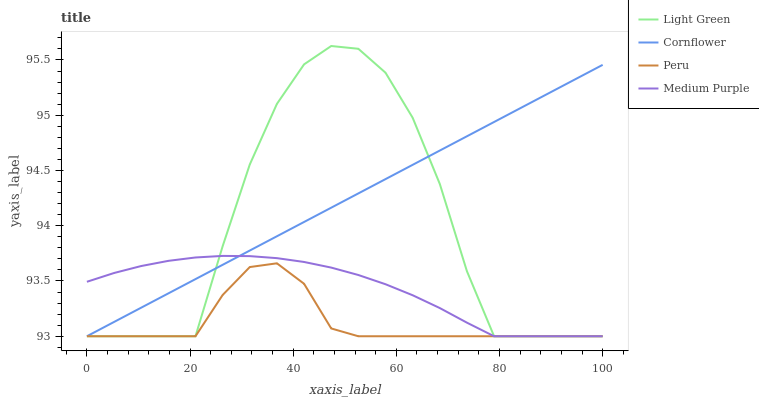
| xaxis_label | Light Green | Cornflower | Peru | Medium Purple |
 | --- | --- | --- | --- | --- |
 | 0 | 93 | 93 | 93 | 93.5 |
 | 5.26 | 93 | 93.1 | 93 | 93.6 |
 | 10.5 | 93 | 93.3 | 93 | 93.6 |
 | 15.8 | 93 | 93.4 | 93 | 93.7 |
 | 21.1 | 93 | 93.5 | 93 | 93.7 |
 | 26.3 | 93.8 | 93.6 | 93.4 | 93.7 |
 | 31.6 | 94.6 | 93.8 | 93.6 | 93.7 |
 | 36.8 | 95.1 | 93.9 | 93.7 | 93.7 |
 | 42.1 | 95.5 | 94 | 93.5 | 93.7 |
 | 47.4 | 95.6 | 94.2 | 93.1 | 93.6 |
 | 52.6 | 95.6 | 94.3 | 93 | 93.6 |
 | 57.9 | 95.4 | 94.4 | 93 | 93.5 |
 | 63.2 | 95 | 94.6 | 93 | 93.4 |
 | 68.4 | 94.4 | 94.7 | 93 | 93.3 |
 | 73.7 | 93.6 | 94.8 | 93 | 93.1 |
 | 78.9 | 93 | 94.9 | 93 | 93 |
 | 84.2 | 93 | 95.1 | 93 | 93 |
 | 89.5 | 93 | 95.2 | 93 | 93 |
 | 94.7 | 93 | 95.3 | 93 | 93 |
 | 100 | 93 | 95.5 | 93 | 93 |